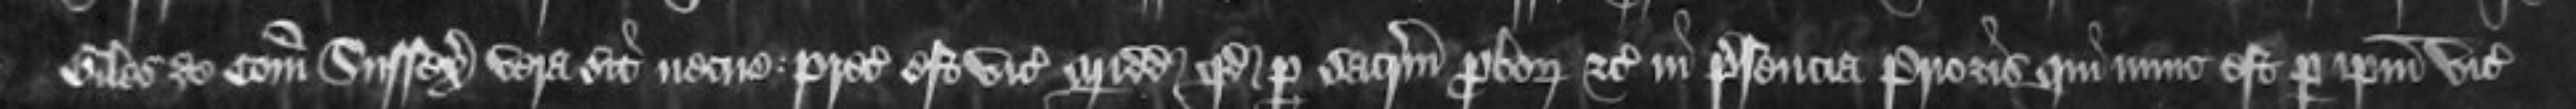
Giles de Comitatu Sussex vera sit necne Preceptum est vicecomiti Middlesexie quod per sacrum proborum etc in presencia Prioris qui nune est per ipsum vicecomitem